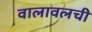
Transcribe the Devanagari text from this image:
वालावलची